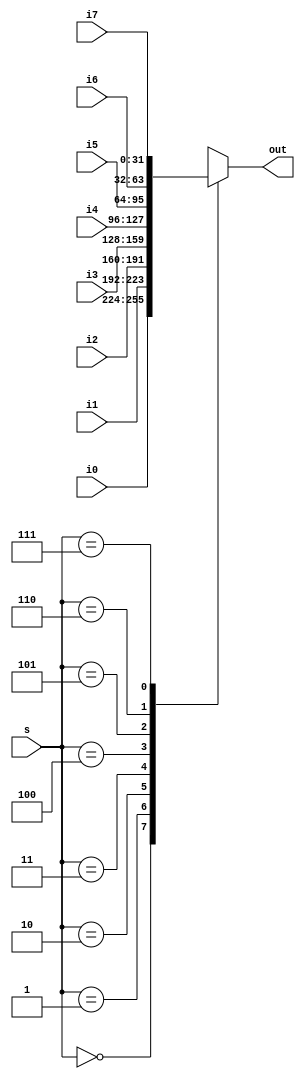
module Mux8x3(s, out, i0, i1, i2, i3, i4, i5, i6, i7);

parameter N = 32;

input wire [N-1:0] i0, i1, i2, i3, i4, i5, i6, i7;

input wire [2:0]s;

output reg [N-1:0]out;

always @(i0, i1, i2, i3, i4, i5, i6, i7, s)

begin
	case(s)
		3'b000 : out <= i0;
      3'b001 : out <= i1;
      3'b010 : out <= i2;
      3'b011 : out <= i3;
      3'b100 : out <= i4;
      3'b101 : out <= i5;
      3'b110 : out <= i6;
      3'b111 : out <= i7;
		default: out <= 3'b000;
	endcase

end

endmodule